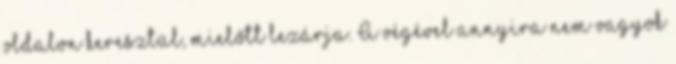
oldalon keresztül, mielőtt lezárja. A végével annyira nem vagyok